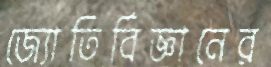
জ্যোতির্বিজ্ঞানের